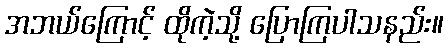
အဘယ်ကြောင့် ထိုကဲ့သို့ ပြောကြပါသနည်း။